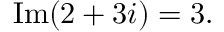
\quad \operatorname { I m } ( 2 + 3 i ) = 3 .